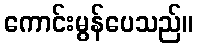
ကောင်းမွန်ပေသည်။